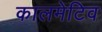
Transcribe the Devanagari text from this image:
कालमेटिव